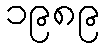
၁၉၈၉